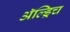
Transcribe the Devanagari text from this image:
ॲल्ड्रिच